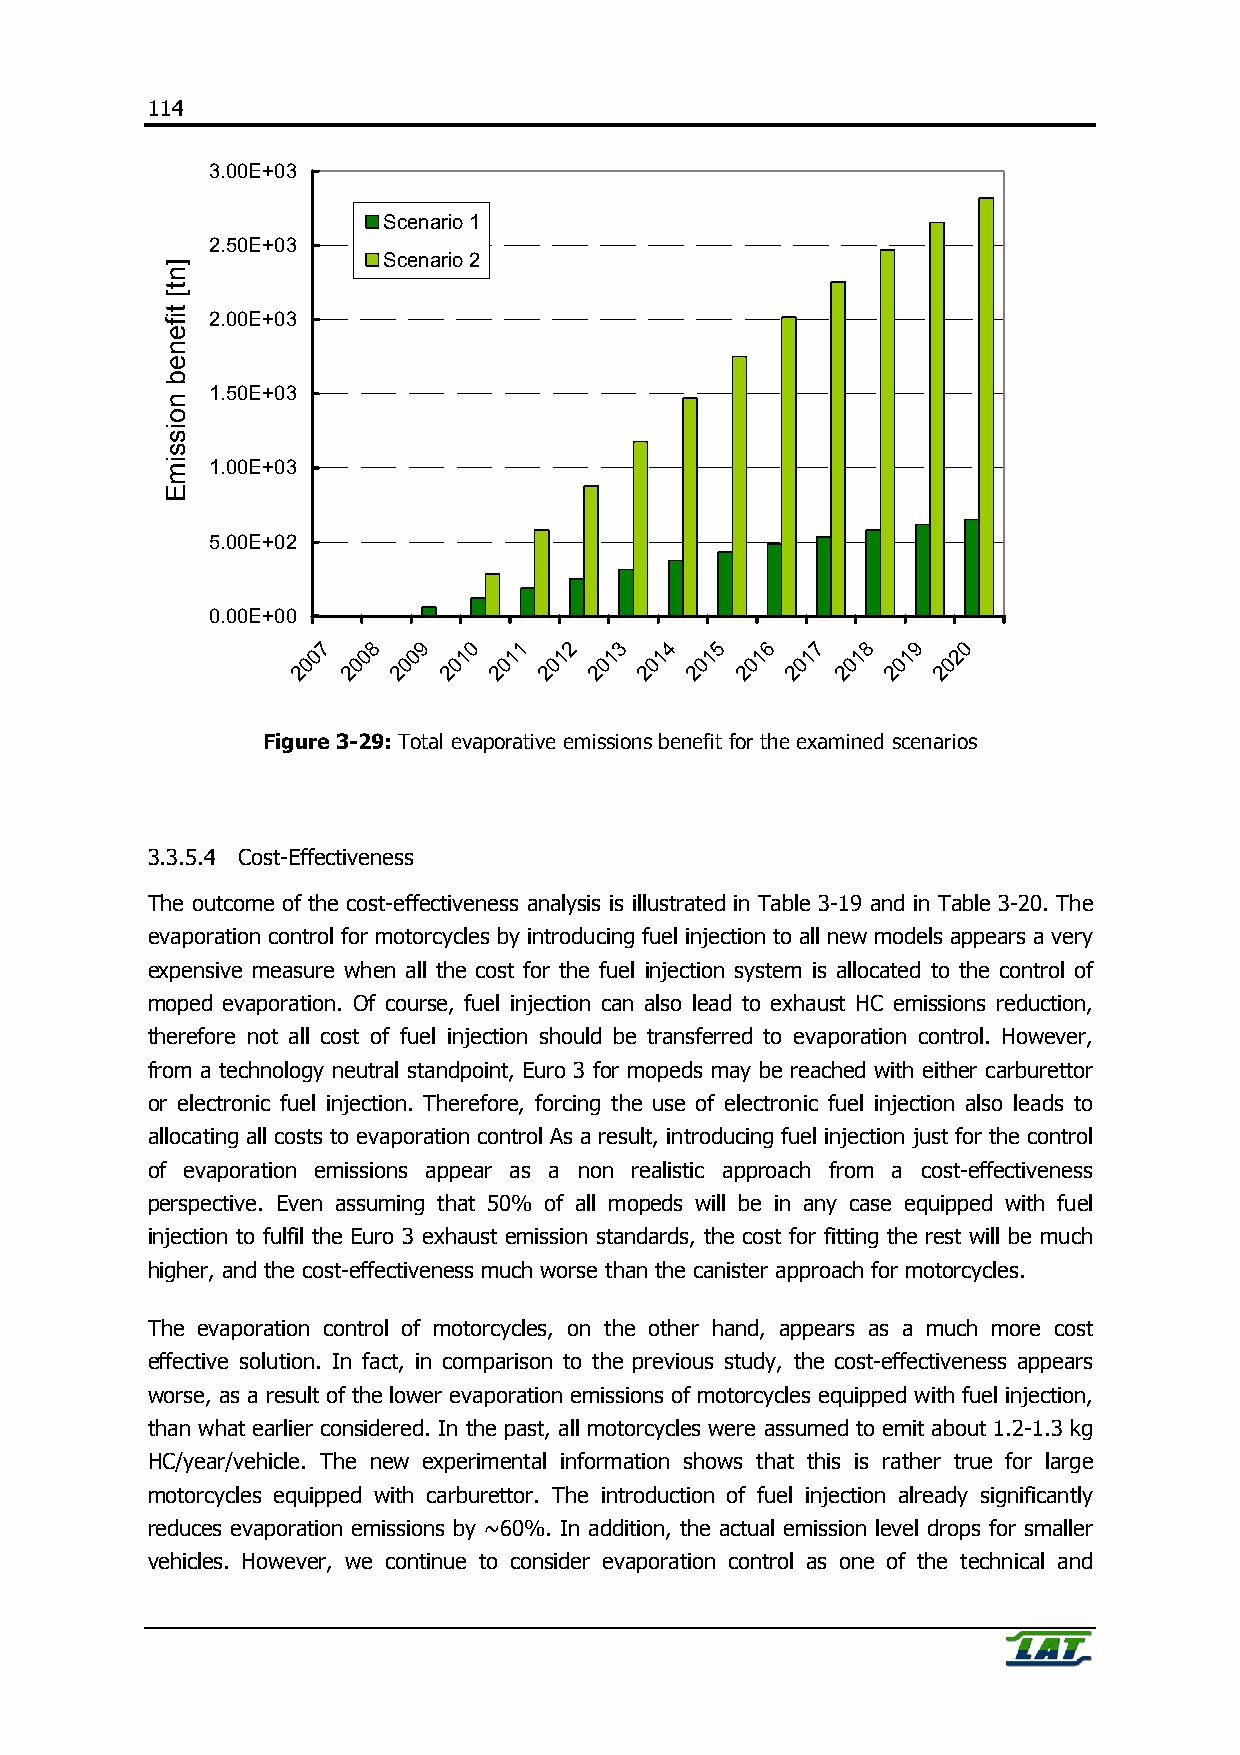
114
 3.00E+03
 Scenario 1
 2.50E+03
 Scenario 2
 2.00E+03
 1.50E+03
 1.00E+03
 5.00E+02
 0.00E+00
 7  8   9  0  1   2  3  4  5   6  7  8  9   0
 0  0  0  1   1  1  1   1  1  1  1   1  1  2
 0  0   0  0  0  0   0  0  0   0  0  0  0   0
 2  2  2  2   2  2  2  2   2  2  2   2  2  2
 Figure 3-29: Total evaporative emissions benefit for the examined scenarios
 3.3.5.4 Cost-Effectiveness
 The outcome of the cost-effectiveness analysis is illustrated in Table 3-19 and in Table 3-20. The
 evaporation control for motorcycles by introducing fuel injection to all new models appears a very
 expensive measure when all the cost for the fuel injection system is allocated to the control of
 moped evaporation. Of course, fuel injection can also lead to exhaust HC emissions reduction,
 therefore not all cost of fuel injection should be transferred to evaporation control. However,
 from a technology neutral standpoint, Euro 3 for mopeds may be reached with either carburettor
 or electronic fuel injection. Therefore, forcing the use of electronic fuel injection also leads to
 allocating all costs to evaporation control As a result, introducing fuel injection just for the control
 of evaporation emissions appear as a non realistic approach from a cost-effectiveness
 perspective. Even assuming that 50% of all mopeds will be in any case equipped with fuel
 injection to fulfil the Euro 3 exhaust emission standards, the cost for fitting the rest will be much
 higher, and the cost-effectiveness much worse than the canister approach for motorcycles.
 The evaporation control of motorcycles, on the other hand, appears as a much more cost
 effective solution. In fact, in comparison to the previous study, the cost-effectiveness appears
 worse, as a result of the lower evaporation emissions of motorcycles equipped with fuel injection,
 than what earlier considered. In the past, all motorcycles were assumed to emit about 1.2-1.3 kg
 HC/year/vehicle. The new experimental information shows that this is rather true for large
 motorcycles equipped with carburettor. The introduction of fuel injection already significantly
 reduces evaporation emissions by ~60%. In addition, the actual emission level drops for smaller
 vehicles. However, we continue to consider evaporation control as one of the technical and
 ]nt[
 tifeneb
 noissimE